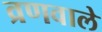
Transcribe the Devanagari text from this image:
व्रणवाले